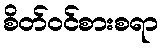
စိတ်ဝင်စားစရာ